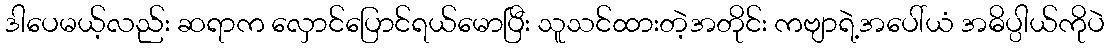
ဒါပေမယ့်လည်း ဆရာက လှောင်ပြောင်ရယ်မောပြီး သူသင်ထားတဲ့အတိုင်း ကဗျာရဲ့အပေါ်ယံ အဓိပ္ပါယ်ကိုပဲ